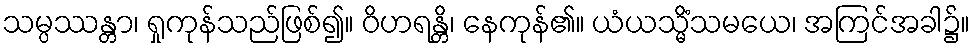
သမ္ပဿန္တာ၊ ရှုကုန်သည်ဖြစ်၍။ ဝိဟရန္တိ၊ နေကုန်၏။ ယံယသ္မိံသမယေ၊ အကြင်အခါ၌။